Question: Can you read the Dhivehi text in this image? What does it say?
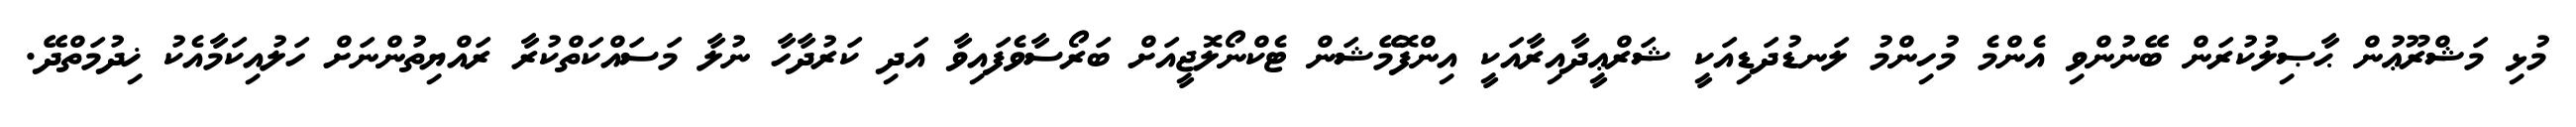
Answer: މުޅި މަޝްރޫޢުން ޙާޞިލުކުރަން ބޭނުންވި އެންމެ މުހިންމު ލަނޑުދަޑިއަކީ ޝަރްޢީދާއިރާއަކީ އިންފޮމޭޝަން ޓެކްނޯލޮޖީއަށް ބަރޯސާވެފައިވާ އަދި ކަރުދާހާ ނުލާ މަސައްކަތްކުރާ ރައްޔިތުންނަށް ހަލުއިކަމާއެކު ޚިދުމަތްދޭ.